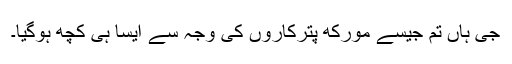
جی ہاں تم جیسے مورکھ پترکاروں کی وجہ سے ایسا ہی کچھ ہوگیا۔